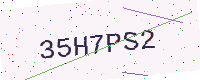
Text: 35H7PS2